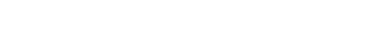
လင်္ကာ၏ အကိုင်းအခက်တစ်ခု ဖြစ်သည်။